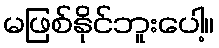
မဖြစ်နိုင်ဘူးပေါ့။